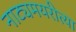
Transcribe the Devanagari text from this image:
नाट्यमयरीत्या